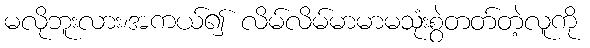
မလိုဘူးလား၊အကယ်၍ လိမ်လိမ်မာမာမသုံးစွဲတတ်တဲ့လူကို